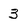
Character: 3